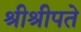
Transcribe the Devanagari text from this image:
श्रीश्रीपते